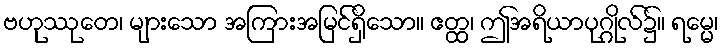
ဗဟုဿုတေ၊ များသော အကြားအမြင်ရှိသော။ ဧတ္ထ၊ ဤအရိယာပုဂ္ဂိုလ်၌။ ရမ္မေ၊